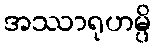
အဿာရုဟမ္ပိ